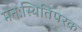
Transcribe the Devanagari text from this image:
मनःस्थितिपरक